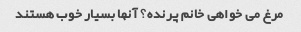
مرغ می خواهی خانم پرنده؟ آنها بسیار خوب هستند